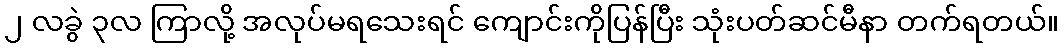
၂ လခွဲ ၃လ ကြာလို့ အလုပ်မရသေးရင် ကျောင်းကိုပြန်ပြီး သုံးပတ်ဆင်မီနာ တက်ရတယ်။